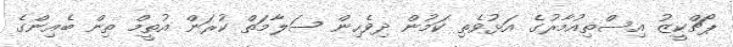
ޕޯޗްކީޒު އިސްތިއުމާރުގެ އަޅުވެތި ކަމުން ދިވެހިން ސަލާމަތް ކުރަން އުތީމް ތިން ބެއިންގެ